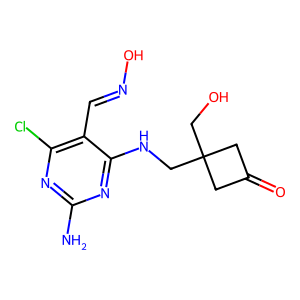
SMILES: Nc1nc(Cl)c(C=NO)c(NCC2(CO)CC(=O)C2)n1
Inhibits HIV replication: No